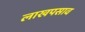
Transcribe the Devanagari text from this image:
लाखपसाव